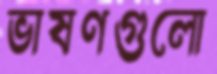
ভাষণগুলো